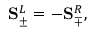
\mathbf { S } _ { \pm } ^ { L } = - \mathbf { S } _ { \mp } ^ { R } ,